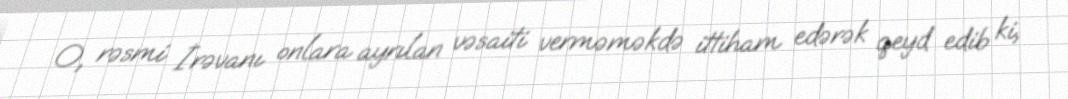
O, rəsmi İrəvanı onlara ayrılan vəsaiti verməməkdə ittiham edərək qeyd edib ki,